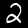
Label: 2